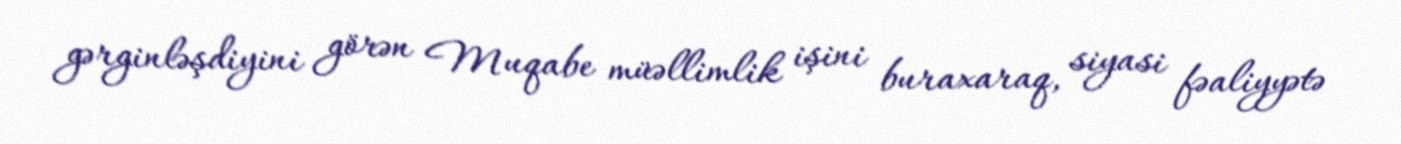
gərginləşdiyini görən Muqabe müəllimlik işini buraxaraq, siyasi fəaliyyətə